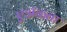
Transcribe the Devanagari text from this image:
एॲकता